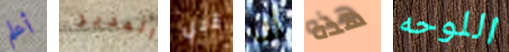
أعلم المدير قبل أنا هذه اللوحه